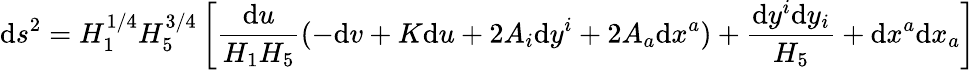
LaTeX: \mathrm{d}s^{2}=H_{1}^{1/4}H_{5}^{3/4}\left[{\frac{{\mathrm{d}u}}{{H_{1}H_{5}}}}(-\mathrm{d}v+K\mathrm{d}u+2A_{i}\mathrm{d}y^{i}+2A_{a}\mathrm{d}x^{a})+{\frac{{\mathrm{d}y^{i}\mathrm{d}y_{i}}}{{H_{5}}}}+\mathrm{d}x^{a}\mathrm{d}x_{a}\right]